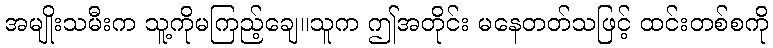
အမျိုးသမီးက သူ့ကိုမကြည့်ချေ။သူက ဤအတိုင်း မနေတတ်သဖြင့် ထင်းတစ်စကို